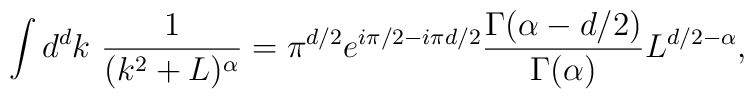
\int d^{d}k\ \frac{1}{(k^{2}+L)^\alpha} =\pi^{d/2} e^{i \pi/2 - i \pi d/2}\frac{\Gamma(\alpha - d/2)}{\Gamma(\alpha)}L^{d/2 - \alpha},